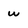
Character: w